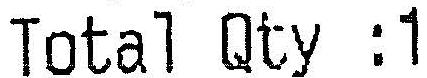
TOTAL QTY :1